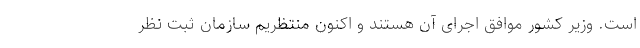
است. وزیر کشور موافق اجرای آن هستند و اکنون منتظریم سازمان ثبت نظر